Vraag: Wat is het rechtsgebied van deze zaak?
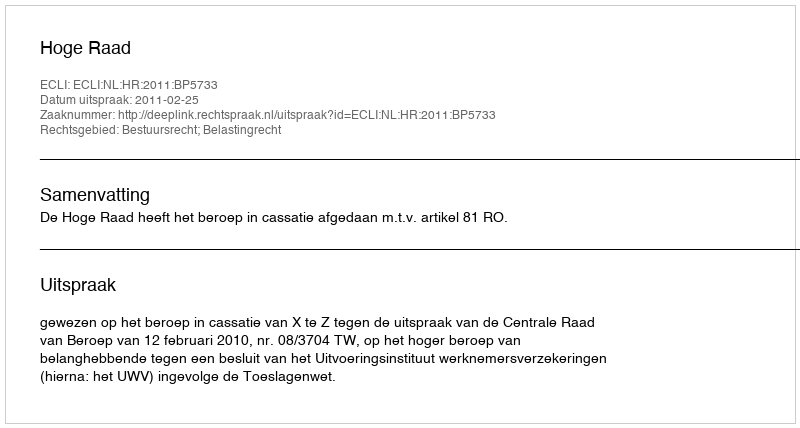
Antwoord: Bestuursrecht; Belastingrecht